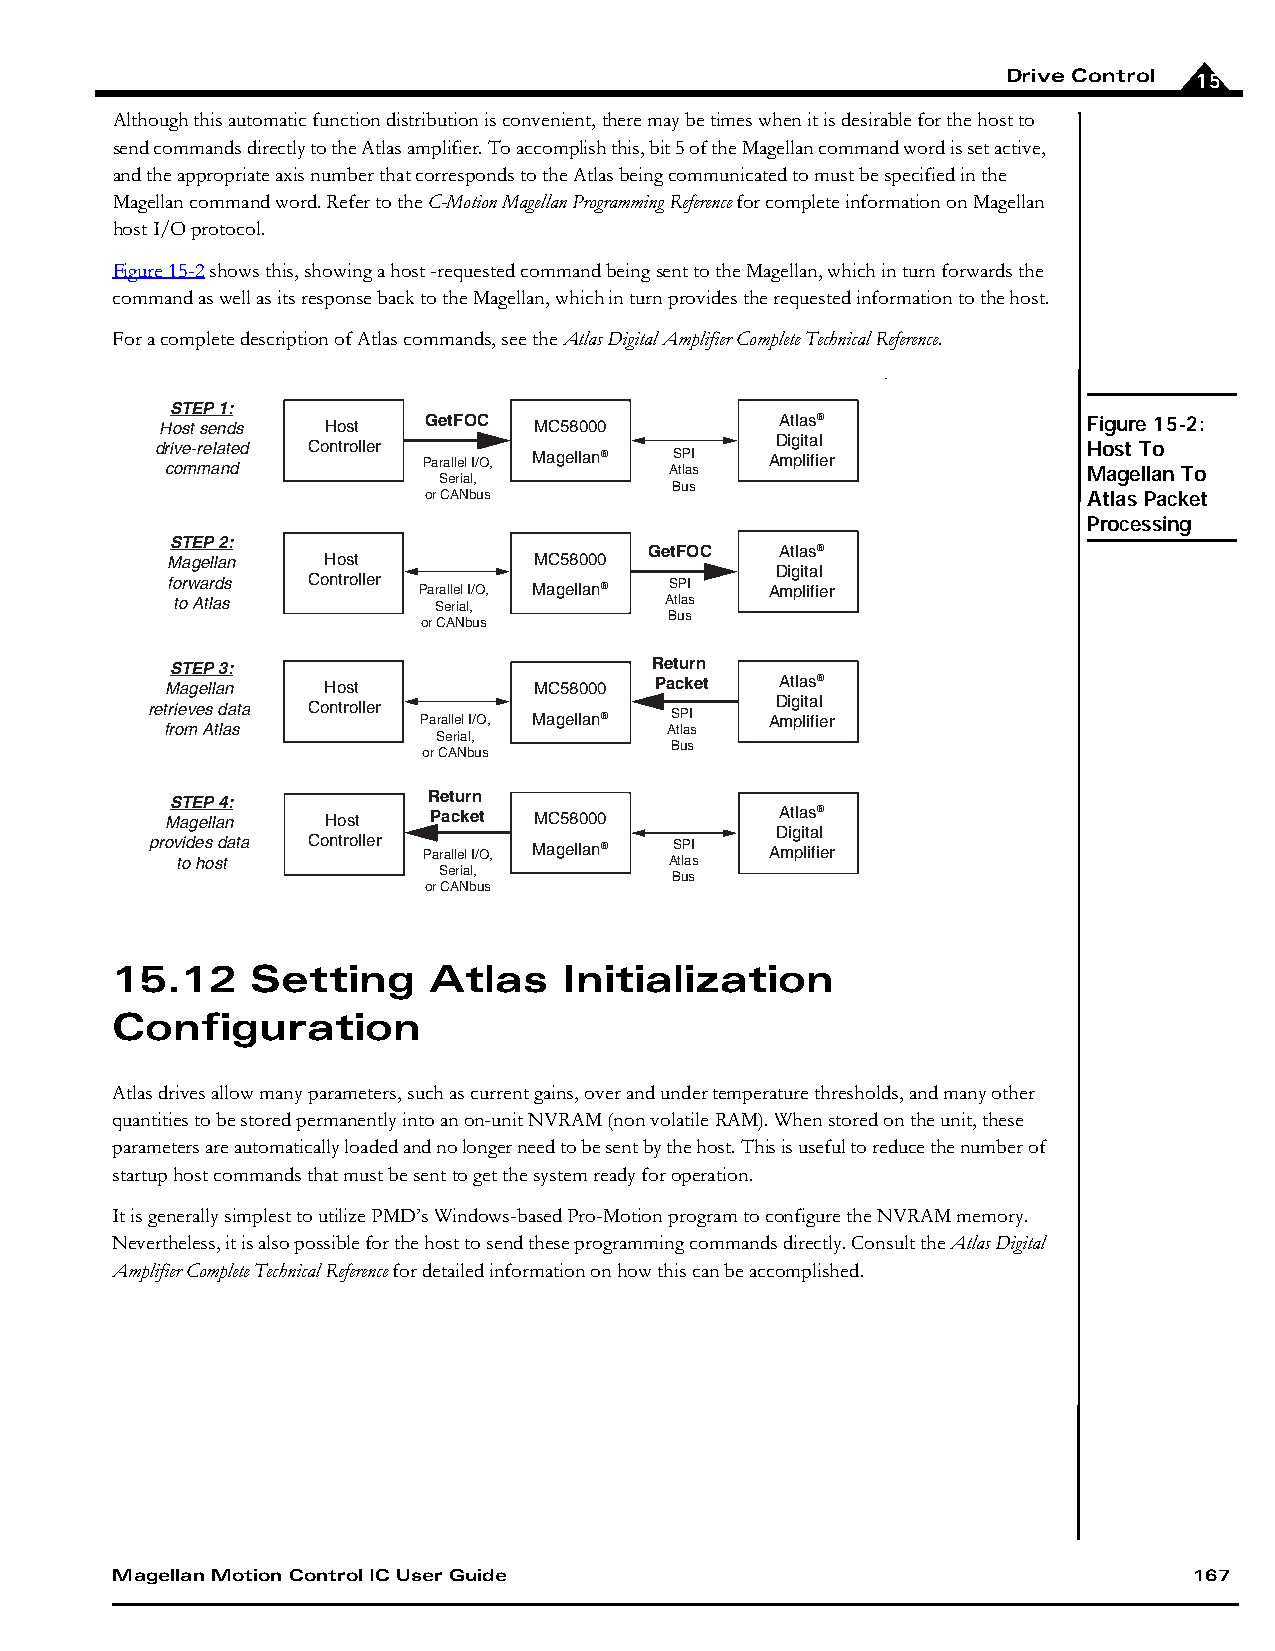
Drive Control 15
 Although this automatic function distribution is convenient, there may be times when it is desirable for the host to
 send commands directly to the Atlas amplifier. To accomplish this, bit 5 of the Magellan command word is set active,
 and the appropriate axis number that corresponds to the Atlas being communicated to must be specified in the
 Magellan command word. Refer to the C-Motion Magellan Programming Reference for complete information on Magellan
 host I/O protocol.
 Figure15-2 shows this, showing a host -requested command being sent to the Magellan, which in turn forwards the
 command as well as its response back to the Magellan, which in turn provides the requested information to the host.
 For a complete description of Atlas commands, see the Atlas Digital Amplifier Complete Technical Reference.
 STEP 1:
 Host sends Host  GetFOC MC58000          Atlas®              Figure 15-2:
 Digital
 drive-related Controller                                      Host To
 command          Parallel I/O, Magellan® AS tlP aI s Amplifier Magellan To
 Serial,
 Bus
 or CANbus                                   Atlas Packet
 Processing
 STEP 2:
 GetFOC   Atlas®
 Magellan  Host          MC58000
 Digital
 forwards Controller Parallel I/O, Magellan® SPI Amplifier
 to Atlas          Serial,        Atlas
 Bus
 or CANbus
 STEP 3:                         Return
 Magellan  Host          MC58000 Packet   Atlas®
 Digital
 retrieves data Controller Parallel I/O, Magellan® SPI Amplifier
 from Atlas                       Atlas
 Serial,
 Bus
 or CANbus
 Return
 STEP 4:
 Magellan   Host  Packet MC58000          Atlas®
 Digital
 prov toid e hs o sd tata Controller Parallel I/O, Magellan® AS tlP aI s Amplifier
 Serial,        Bus
 or CANbus
 15.12     Setting    Atlas    Initialization
 Configuration
 Atlas drives allow many parameters, such as current gains, over and under temperature thresholds, and many other
 quantities to be stored permanently into an on-unit NVRAM (non volatile RAM). When stored on the unit, these
 parameters are automatically loaded and no longer need to be sent by the host. This is useful to reduce the number of
 startup host commands that must be sent to get the system ready for operation.
 It is generally simplest to utilize PMD’s Windows-based Pro-Motion program to configure the NVRAM memory.
 Nevertheless, it is also possible for the host to send these programming commands directly. Consult the Atlas Digital
 Amplifier Complete Technical Reference for detailed information on how this can be accomplished.
 Magellan Motion Control IC User Guide                                   167